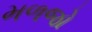
મળજો